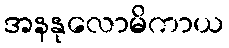
အနနုလောမိကာယ